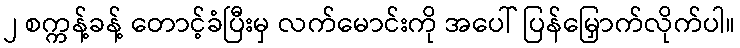
၂ စက္ကန့်ခန့် တောင့်ခံပြီးမှ လက်မောင်းကို အပေါ် ပြန်မြှောက်လိုက်ပါ။